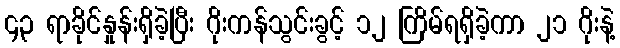
၄၃ ရာခိုင်နှုန်းရှိခဲ့ပြီး ဂိုးကန်သွင်းခွင့် ၁၂ ကြိမ်ရရှိခဲ့ကာ ၂၁ ဂိုးနဲ့